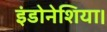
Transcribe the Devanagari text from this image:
इंडोनेशिया।